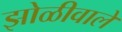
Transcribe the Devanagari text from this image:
झोळीवाले